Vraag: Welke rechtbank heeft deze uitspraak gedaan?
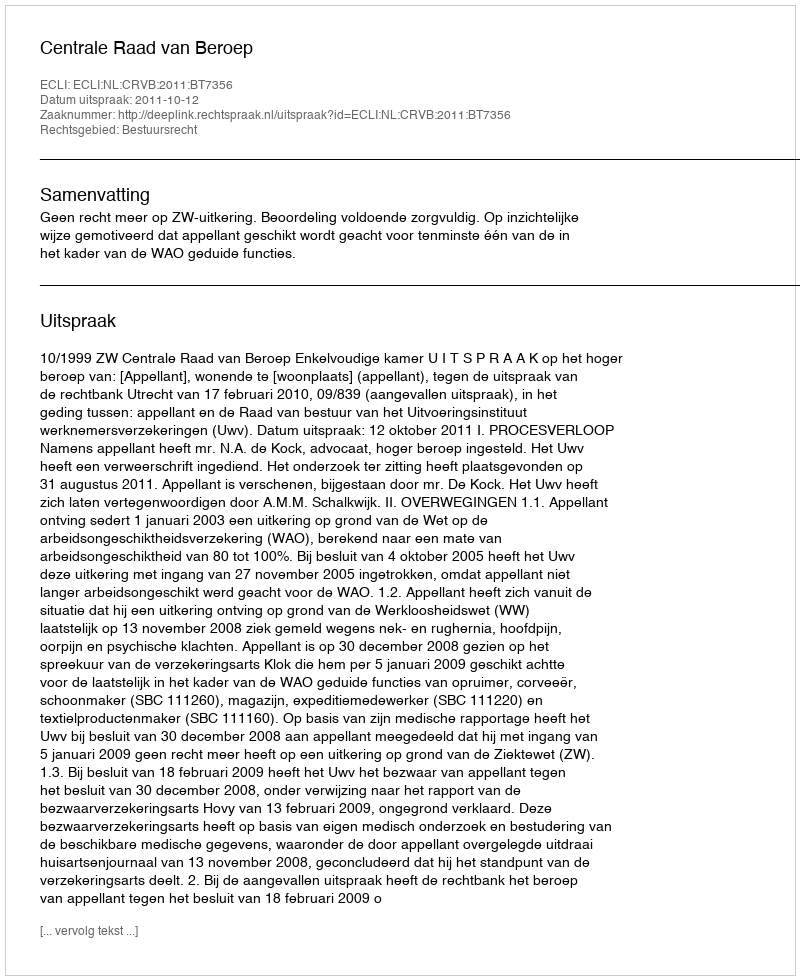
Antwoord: Centrale Raad van Beroep